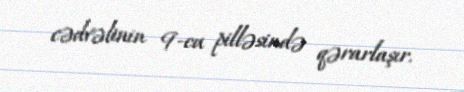
cədvəlinin 9-cu pilləsində qərarlaşır.